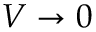
V \rightarrow 0